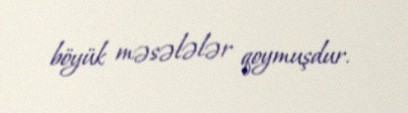
böyük məsələlər qoymuşdur.